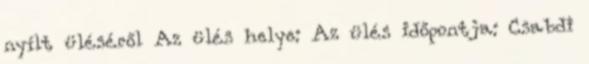
nyílt üléséről Az ülés helye: Az ülés időpontja: Csabdi